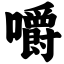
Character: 嚼